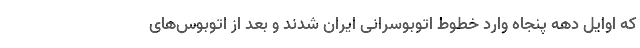
که اوایل دهه پنجاه وارد خطوط اتوبوسرانی ایران شدند و بعد از اتوبوس‌های